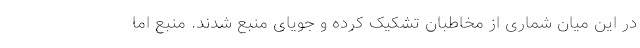
در این میان شماری از مخاطبان تشکیک کرده و جویای منبع شدند. منبع اما